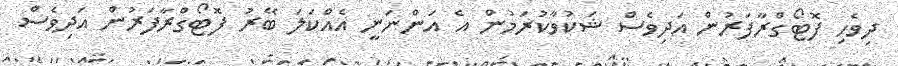
ދިވެހި ފޮޓޯގްރާފަރުން އަދިވެސް ޝަކުވާކުރަމުން އެ އަންނަނީ އެއްކަލަ ބޭރު ފޮޓޯގްރާފަރުން އަދިވެސް